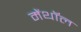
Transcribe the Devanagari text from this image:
मेंथॉल